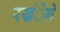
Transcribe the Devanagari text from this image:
रखंेगे